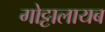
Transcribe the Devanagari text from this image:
गोट्टालायब